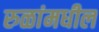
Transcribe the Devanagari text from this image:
रुळांमधील